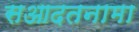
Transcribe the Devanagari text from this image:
सआदतनामा